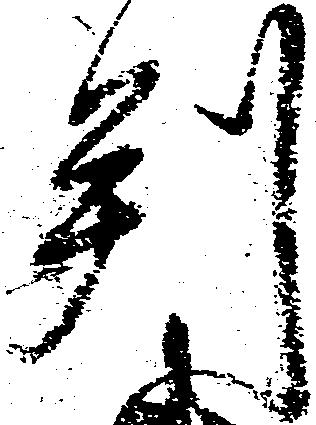
判